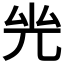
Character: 𠒊